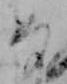
な